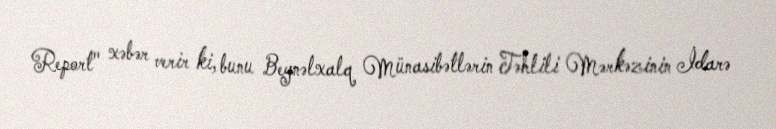
Report" xəbər verir ki, bunu Beynəlxalq Münasibətlərin Təhlili Mərkəzinin İdarə